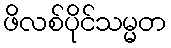
ဖိလစ်ပိုင်သမ္မတ